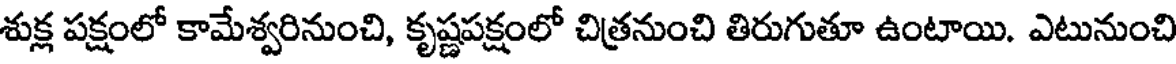
శుక్ల పక్షంలో కామేశ్వరినుంచి, కృష్ణపక్షంలో చిత్రనుంచి తిరుగుతూ ఉంటాయి. ఎటునుంచి